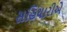
સહિયારીએ